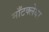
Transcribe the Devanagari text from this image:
माँटक्लेयर